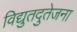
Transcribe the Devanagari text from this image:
विद्युतदुतेजना